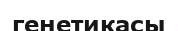
генетикасы